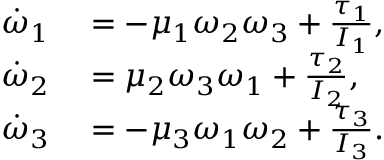
\begin{array} { r l } { \dot { \omega } _ { 1 } } & { { } = - \mu _ { 1 } \omega _ { 2 } \omega _ { 3 } + \frac { \tau _ { 1 } } { I _ { 1 } } , } \\ { \dot { \omega } _ { 2 } } & { { } = \mu _ { 2 } \omega _ { 3 } \omega _ { 1 } + \frac { \tau _ { 2 } } { I _ { 2 } } , } \\ { \dot { \omega } _ { 3 } } & { { } = - \mu _ { 3 } \omega _ { 1 } \omega _ { 2 } + \frac { \tau _ { 3 } } { I _ { 3 } } . } \end{array}